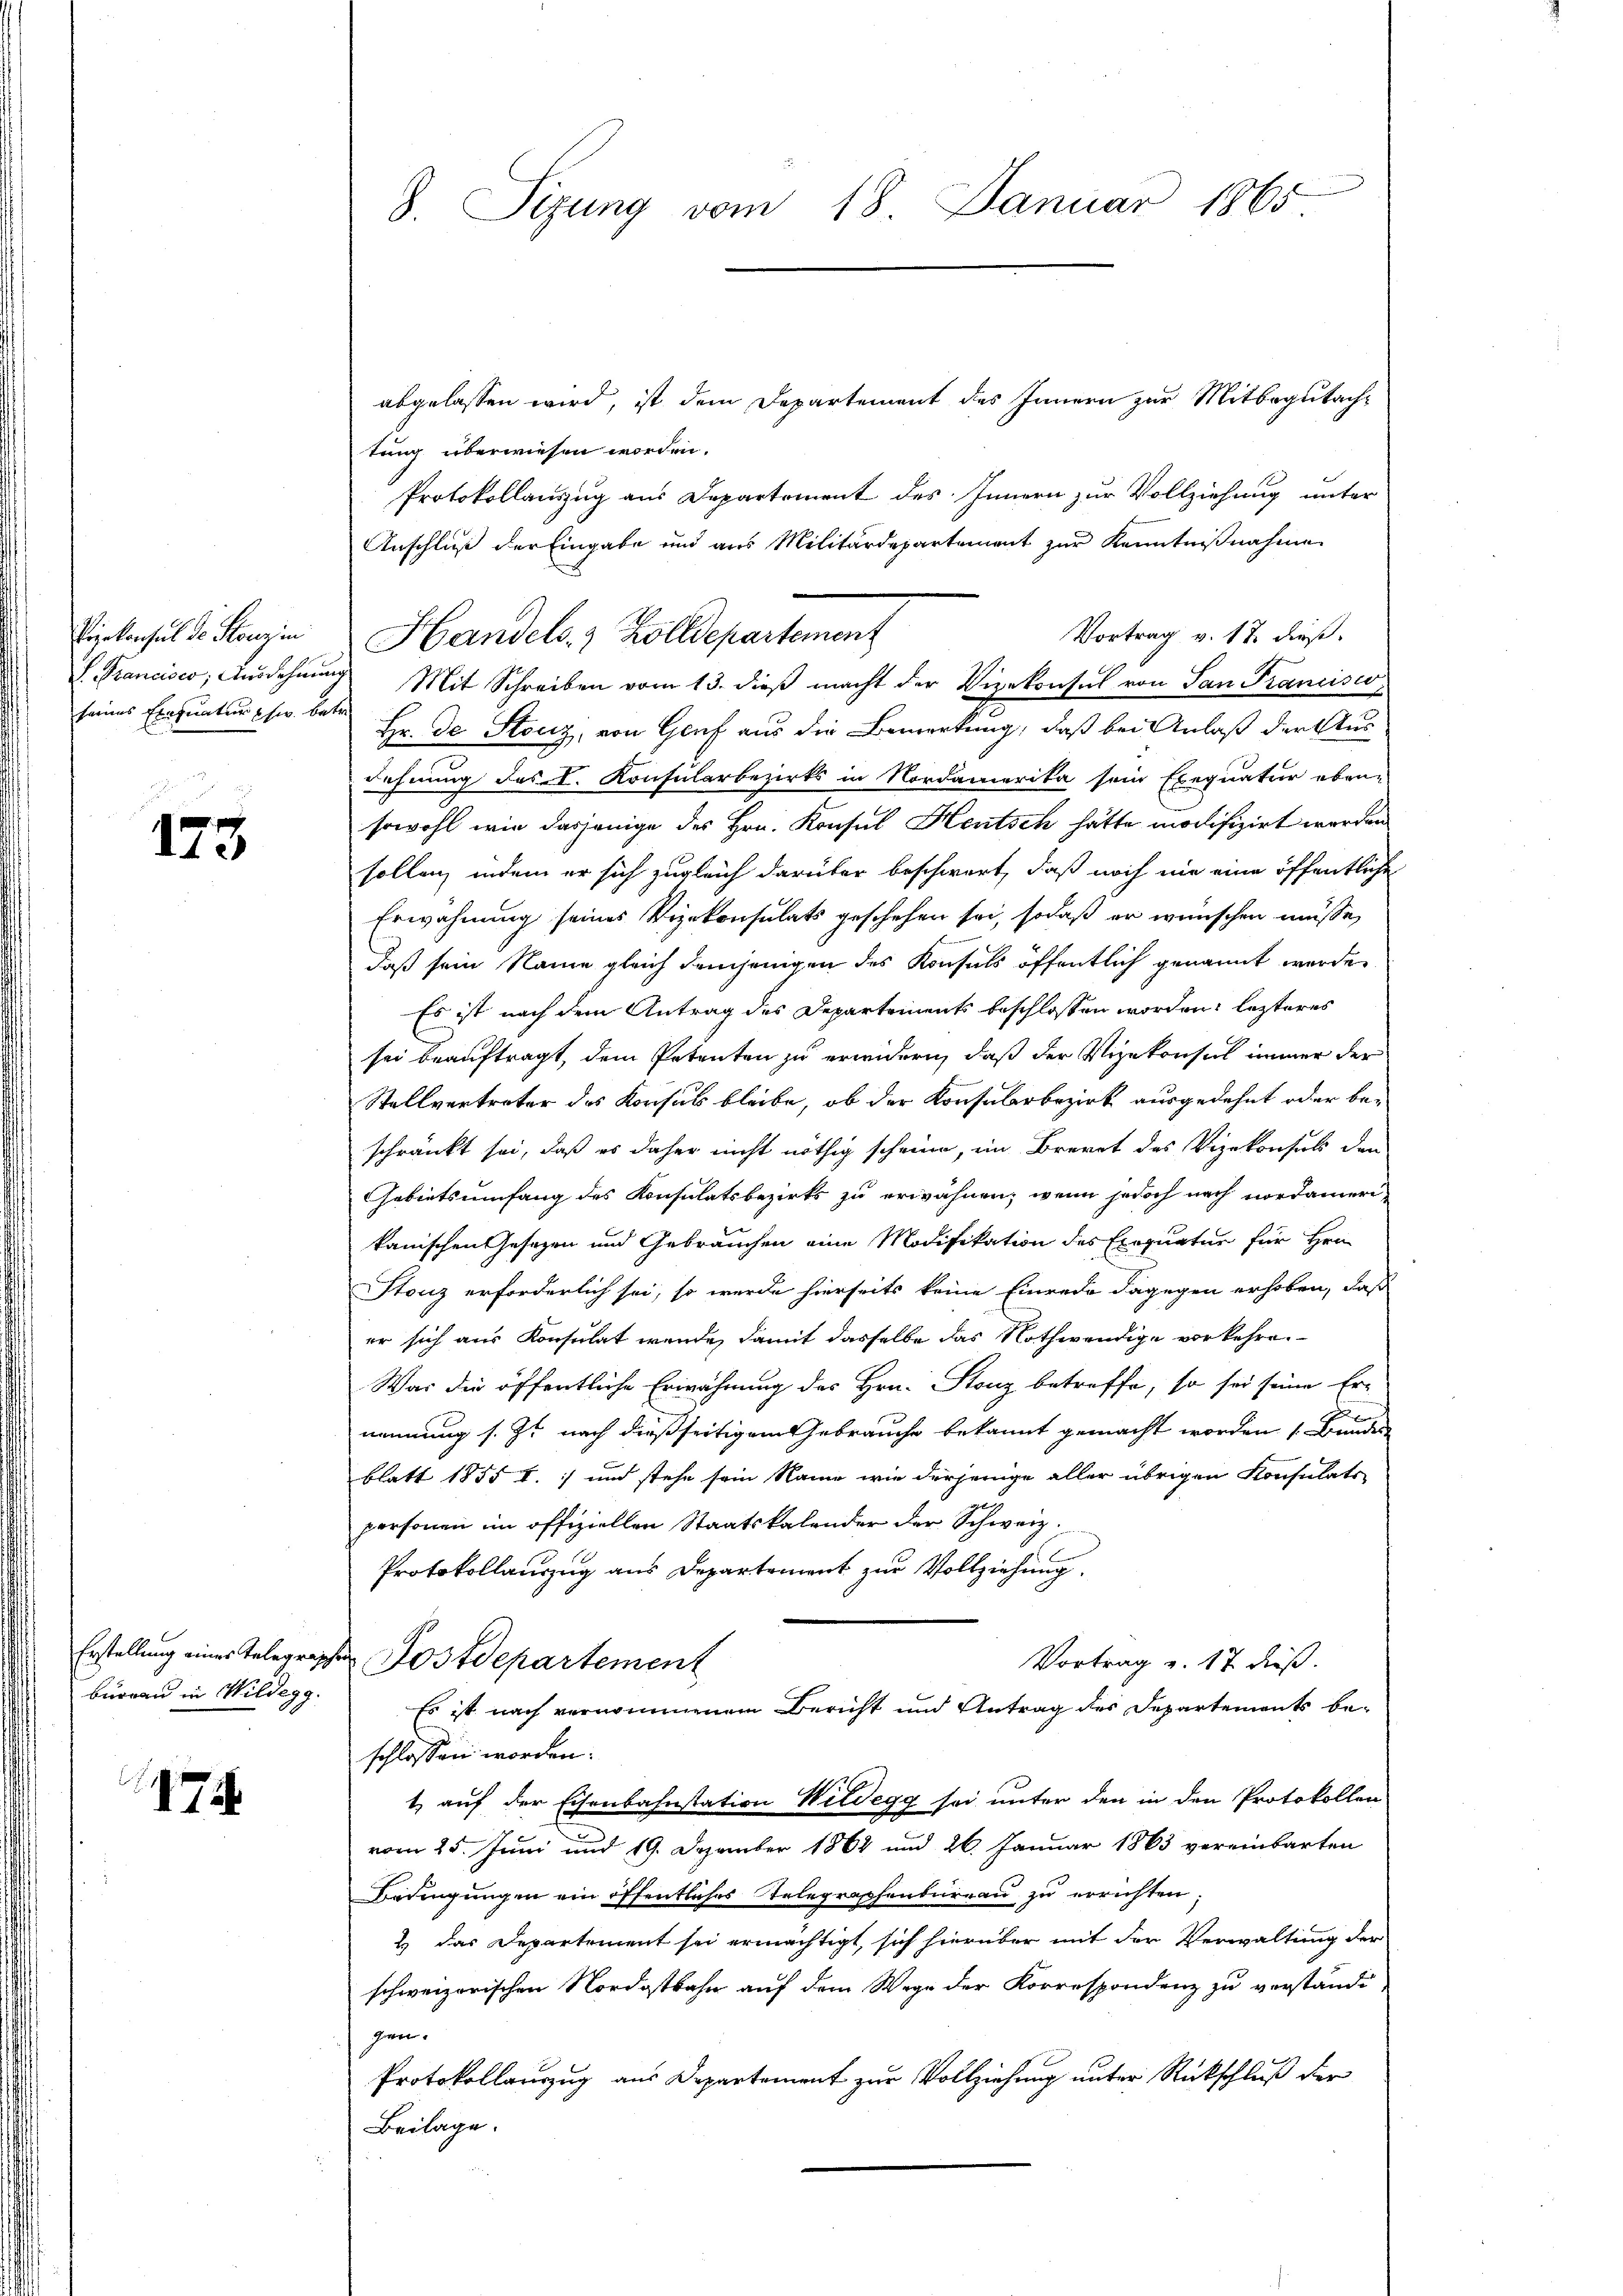
Piekonsul de Stenzin
I. Trancisco, Ausdehnung
seines Einnatur usw. bet

173

Erstellung eines Telegrap
bureau in Wildegg.

47

8. Sizung vom 18. Januar 1865

abgelassen wird, ist dem Departement des Innern zur Mitbegutachtung überwiesen worden.
Protokollauszug aus Departement des Innern zur Vollziehung unter
Anschluß der Eingabe und aus Militärdepartement zur Kenntnißnahme
Vortrag v. 17. dieß.
 Mit Schreiben vom 13. dieβ macht der Vizekonsul von San Francisco¬
Hr. De Stociz, von Genf aus die Bemerkung, daß bei Anlaß der Aus
dehnung des L. Konsularbezirks in Nordamerika sein Exequatur eben-
sowohl wie dasjenige des Hrn. Konsul Heutsch hätte modifizirt werden
sollen, indem er sich zugleich darüber beschwert, daß noch nie eine öffentliche
Erwähnung seines Vizekonsulats geschehen sei, sodaß er wünschen müsse,
daß sein Name gleich demjenigen des Konsuls öffentlich genannt werde.
Es ist nach dem Antrag des Departements beschlossen worden, lezteres
sei beauftragt, dem Petenten zu erwidern, daß der Vizekonsul immer der
Stellvertreter des Konsuls bleibe, ob der Konsularbezirk ausgedehnt oder be-
schränkt sei, daß es daher nicht nöthig scheine, im Brevet des Vizekonsuls den
Gebietsumfang des Konsulatsbezirks zu erwähnen, wenn jedoch nach nordameri
kanischen Gesetzen und Gebrauchen eine Modifikation des Exequatur für Hrn.
Stenz erforderlich sei, so werde hierseits keine Einrede dagegen erhoben, daß
er sich aus Konsulat werde, damit dasselbe das Nothwendige vorkehre.
Was die öffentliche Erwähnung des Hrn. Stonz betreffe, so sei seine Er-
x
nennung s. Z. nach dießseitigem Gebrauche bekannt gemacht worden (Bundes
blatt 1855 I. :/ und stehe sein Name wie derjenige aller übrigen Konsulats
personen im offiziellen Staatskalender der Schweiz.
Protokollauszug aus Departement zur Vollziehung.
 Postdepartement
Vortrag u. 17 dieß.
Es ist nach vernommenem Bericht und Antrag der Departements be-
schlossen worden.
1 auf der Eisenbahnstation Wildegg sei unter den in den Protokollen
vom 25. Juni und 19. Dezember 1862 und 26. Januar 1863 vereinbarten
Bedingungen ein öffentliches Telegraphenbureau zu errichten
2 das Departement sei ermächtigt, sich hierüber mit der Verwaltung der
schweizerischen Nordostbahn auf dem Wege der Korrespondenz zu verständi
gen.
Protokollauszug aus Departement zur Vollziehung unter Rückschluß der
Beilage.

Handels- & Zolldepartement